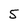
Character: 5